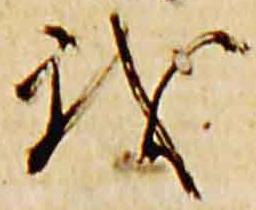
我